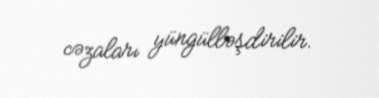
cəzaları yüngülləşdirilir.